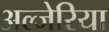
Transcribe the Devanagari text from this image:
अल्जेरिया